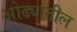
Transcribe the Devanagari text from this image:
ओढ्यातील